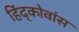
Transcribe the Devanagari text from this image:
हिंद्कोवांस